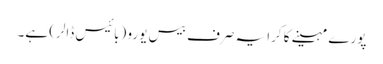
پورے مہینے کا کرایہ صرف بیس یورو (بائیس ڈالر) ہے۔